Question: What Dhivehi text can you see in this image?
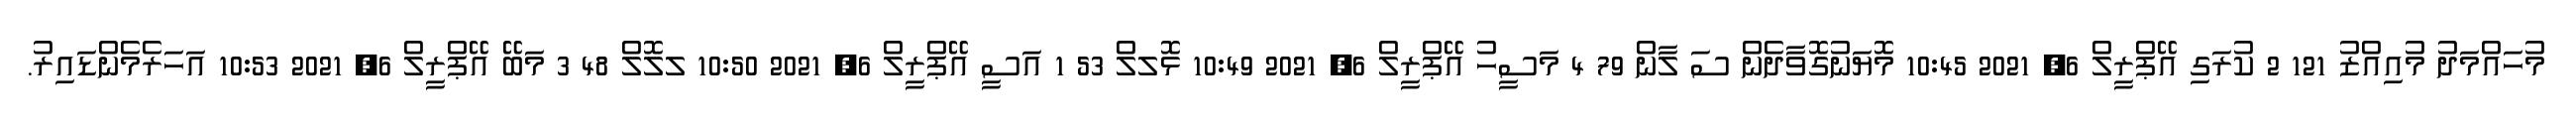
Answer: މުހައްމަދު މުއިއްޒު 121 2 ކުރަގި އޭޕްރީލް 6, 2021 10:45 މޮޔަނުގޮވާދެން ސަ ލާން 79 4 މަސީހު އޭޕްރީލް 6, 2021 10:49 ޅޮލލް 53 1 އަސީ އޭޕްރީލް 6, 2021 10:50 ލލޮލް 48 3 މަބޭ އޭޕްރީލް 6, 2021 10:53 އަހަރެމެންޑައިރު.